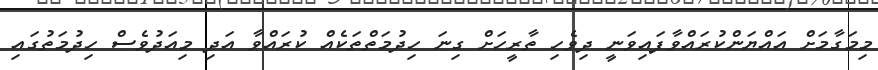
މިމަގާމަށް އައްޔަންކުރައްވާފައިވަނީ ދިވެހި ތާރީހަށް ގިނަ ހިދުމަތްތަކެއް ކުރައްވާ އަދި މިއަދުވެސް ހިދުމަތުގައި